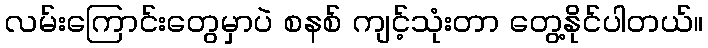
လမ်းကြောင်းတွေမှာပဲ စနစ် ကျင့်သုံးတာ တွေ့နိုင်ပါတယ်။